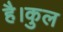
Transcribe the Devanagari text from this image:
है।कुल